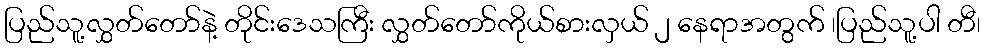
ပြည်သူ့လွှတ်တော်နဲ့ တိုင်းဒေသကြီး လွှတ်တော်ကိုယ်စားလှယ် ၂ နေရာအတွက် ၊ပြည်သူ့ပါ တီ၊